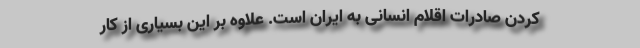
کردن صادرات اقلام انسانی به ایران است. علاوه بر این بسیاری از کار